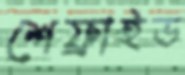
শেফ্রাইড